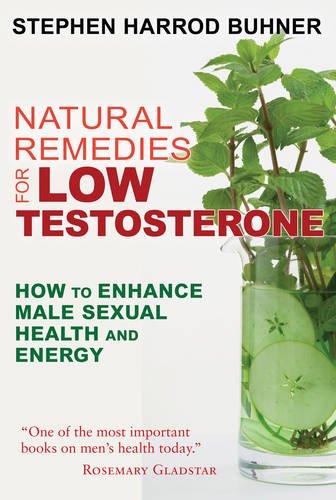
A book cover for Natural Remedies for Low Testosterone: How to Enhance Male Sexual Health and Energy; Stephen Harrod Buhner; Health, Fitness & Dieting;